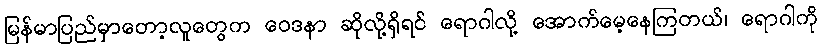
မြန်မာပြည်မှာတော့လူတွေက ဝေဒနာ ဆိုလို့ရှိရင် ရောဂါလို့ အောက်မေ့နေကြတယ်၊ ရောဂါကို